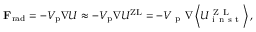
\mathbf { F } _ { \mathrm { r a d } } = - V _ { \mathrm { p } } \nabla U \approx - V _ { \mathrm { p } } \nabla U ^ { \mathrm { Z L } } = - V _ { \mathrm { ~ p ~ } } \nabla \left\langle U _ { \mathrm { ~ i ~ n ~ s ~ t ~ } } ^ { \mathrm { ~ Z ~ L ~ } } \right\rangle ,